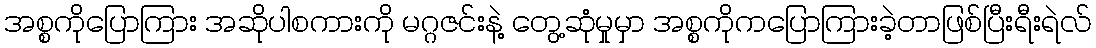
အစ္စကိုပြောကြား အဆိုပါစကားကို မဂ္ဂဇင်းနဲ့ တွေ့ဆုံမှုမှာ အစ္စကိုကပြောကြားခဲ့တာဖြစ်ပြီးရီးရဲလ်